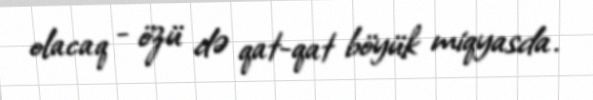
olacaq - özü də qat-qat böyük miqyasda.